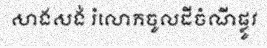
សាងសង់ រំលោភចូលដីចំណីផ្លូវ